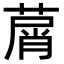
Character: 𦵱